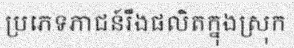
ប្រភេទភាជន៍រឹងផលិតក្នុងស្រុក